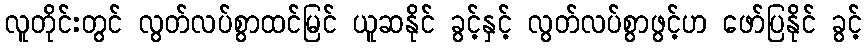
လူတိုင်းတွင် လွတ်လပ်စွာထင်မြင် ယူဆနိုင် ခွင့်နှင့် လွတ်လပ်စွာဖွင့်ဟ ဖော်ပြနိုင် ခွင့်